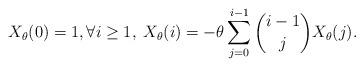
LaTeX: \begin{align*} X_\theta(0) = 1, \forall i \geq 1, \; X_{\theta}(i) = -\theta\sum_{j=0}^{i-1}\binom{i-1}{j} X_\theta(j).\end{align*}